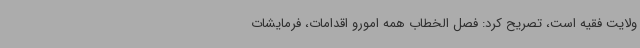
ولایت فقیه است، تصریح کرد: فصل الخطاب همه امورو اقدامات، فرمایشات